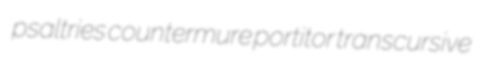
psaltries countermure portitor transcursive